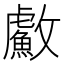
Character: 䱷